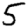
Digit: 5